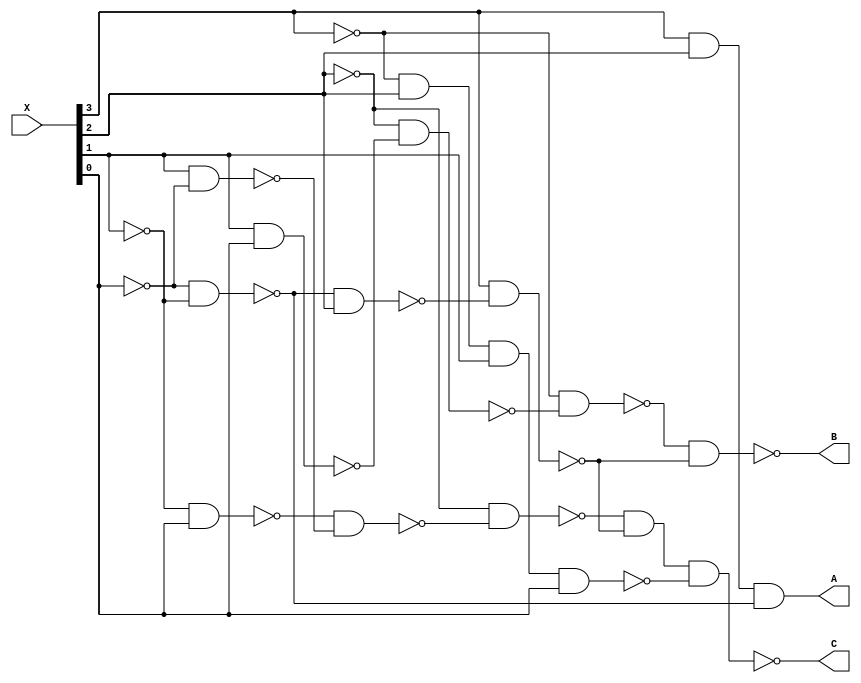
`timescale 1ns / 1ps

module calculate(X,A,B,C);
    //015X3X2X1X0
    input wire[3:0] X;
    //3ABC
    output wire A,B,C;

    wire  
    X3_n,X2_n,X1_n,X0_n,//
    A_1,A_2,//A
    B_1,B_2,B_3,B_4,B_5,B_6,
    C_1,C_2,C_3,C_4,C_5,C_6;

    //                                                                                                                                                                                                                                                                                                                                                                                                                                                                                                                                                                                                                                                                                                                                
    not
    not3(X3_n,X[3]),//X[3]
    not2(X2_n,X[2]),//X[2]
    not1(X1_n,X[1]),//X[1]
    not0(X0_n,X[0]),//X[0]
    not3_o(A,A_2);//A

    nand
    nandA_1(A_1,X0_n,X1_n),
    nandA_2(A_2,X[3],X[2],A_1),

    nandB_1(B_1,X[1],X[0]),
    nandB_2(B_2,X2_n,B_1),
    nandB_3(B_3,X3_n,B_2),
    nandB_4(B_4,X1_n,X0_n),
    nandB_5(B_5,B_4,X[2]),
    nandB_6(B_6,X[3],B_5),
    nandB_o(B,B_3,B_6),//B

    nandC_1(C_1,X1_n,X[0]),
    nandC_2(C_2,X[1],X0_n),
    nandC_3(C_3,C_1,C_2),
    nandC_4(C_4,X2_n,C_3),
    nandC_5(C_5,X[3],B_5),
    nandC_6(C_6,X3_n,X[2],X[1],X[0]),
    nandC_7(C,C_4,C_5,C_6);//C

endmodule